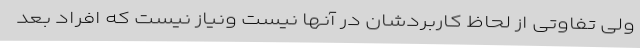
ولی تفاوتی از لحاظ کاربردشان در آنها نیست ونیاز نیست که افراد بعد